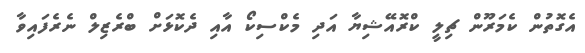
އެގޮތުން ކެމަރޫން ޗިލީ ކްރޮއޭޝިޔާ އަދި މެކްސިކޯ އާއި ދެކޮޅަށް ބްރެޒިލް ނެރެފައިވާ